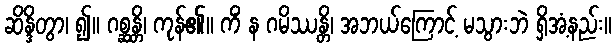
ဆိန္ဒိတွာ၊ ၍။ ဂစ္ဆန္တိ၊ ကုန်၏။ ကိံ န ဂမိဿန္တိ၊ အဘယ်ကြောင့် မသွားဘဲ ရှိအံ့နည်း။